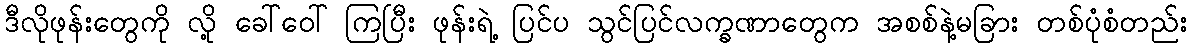
ဒီလိုဖုန်းတွေကို လို့ ခေါ်ဝေါ် ကြပြီး ဖုန်းရဲ့ ပြင်ပ သွင်ပြင်လက္ခဏာတွေက အစစ်နဲ့မခြား တစ်ပုံစံတည်း